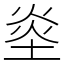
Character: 烾